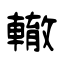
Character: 轍